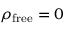
\rho _ { \mathrm { f r e e } } = 0